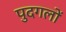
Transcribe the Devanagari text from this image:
पुदगलों